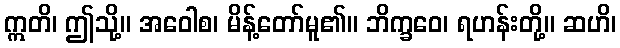
ဣတိ၊ ဤသို့။ အဝေါစ၊ မိန့်တော်မူ၏။ ဘိက္ခဝေ၊ ရဟန်းတို့။ ဆဟိ၊